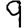
Digit: 9